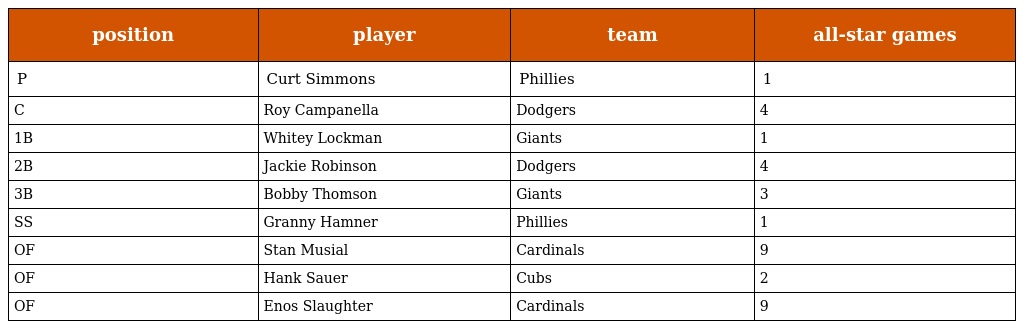
| position | player | team | all-star games |
 | --- | --- | --- | --- |
 | P | Curt Simmons | Phillies | 1 |
 | C | Roy Campanella | Dodgers | 4 |
 | 1B | Whitey Lockman | Giants | 1 |
 | 2B | Jackie Robinson | Dodgers | 4 |
 | 3B | Bobby Thomson | Giants | 3 |
 | SS | Granny Hamner | Phillies | 1 |
 | OF | Stan Musial | Cardinals | 9 |
 | OF | Hank Sauer | Cubs | 2 |
 | OF | Enos Slaughter | Cardinals | 9 |